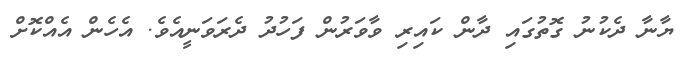
ޔާނާ ދެކުނު ގޮތުގައި ދާން ކައިރި ވާވަރުން ފަހުދު ދެރަވަނީއެވެ. އެހެން އެއްކޮށް